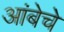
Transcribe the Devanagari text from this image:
आंबेचे